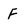
Character: F